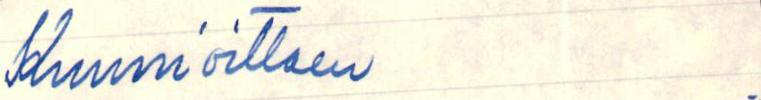
Kunnioittaen .